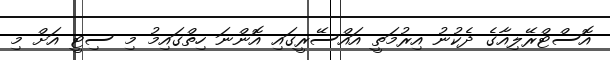
އޮސްޓްރޭލިއާގެ ދެކުނު އިރުމަތީ އައްސޭރީގައި އޮންނަ ހިތްގައިމު މި ސިޓީ އަށް މި